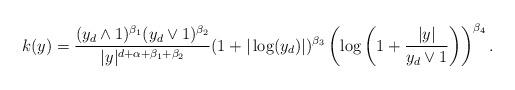
LaTeX: \begin{align*}k(y)=\frac{(y_d \wedge 1)^{\beta_1}(y_d \vee1)^{\beta_2}}{|y|^{d+\alpha+\beta_1+\beta_2} } (1+|\log(y_d)|)^{\beta_3}\left(\log\left(1+\frac{|y|}{y_d \vee 1}\right)\right)^{\beta_4}. \end{align*}